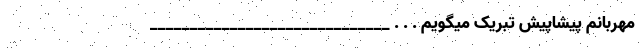
مهربانم پیشاپیش تبریک میگویم . . . ______________________________